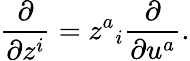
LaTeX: \frac{\partial}{\partial z^{i}}=z^{a}{}_{i}\frac{\partial}{\partial u^{a}}.